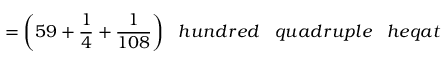
= { \bigg ( } 5 9 + { \frac { 1 } { 4 } } + { \frac { 1 } { 1 0 8 } } { \bigg ) } \; \; \; h u n d r e d \; \; \; q u a d r u p l e \; \; \; h e q a t